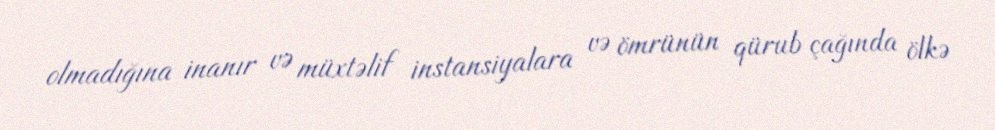
olmadığına inanır və müxtəlif instansiyalara və ömrünün qürub çağında ölkə